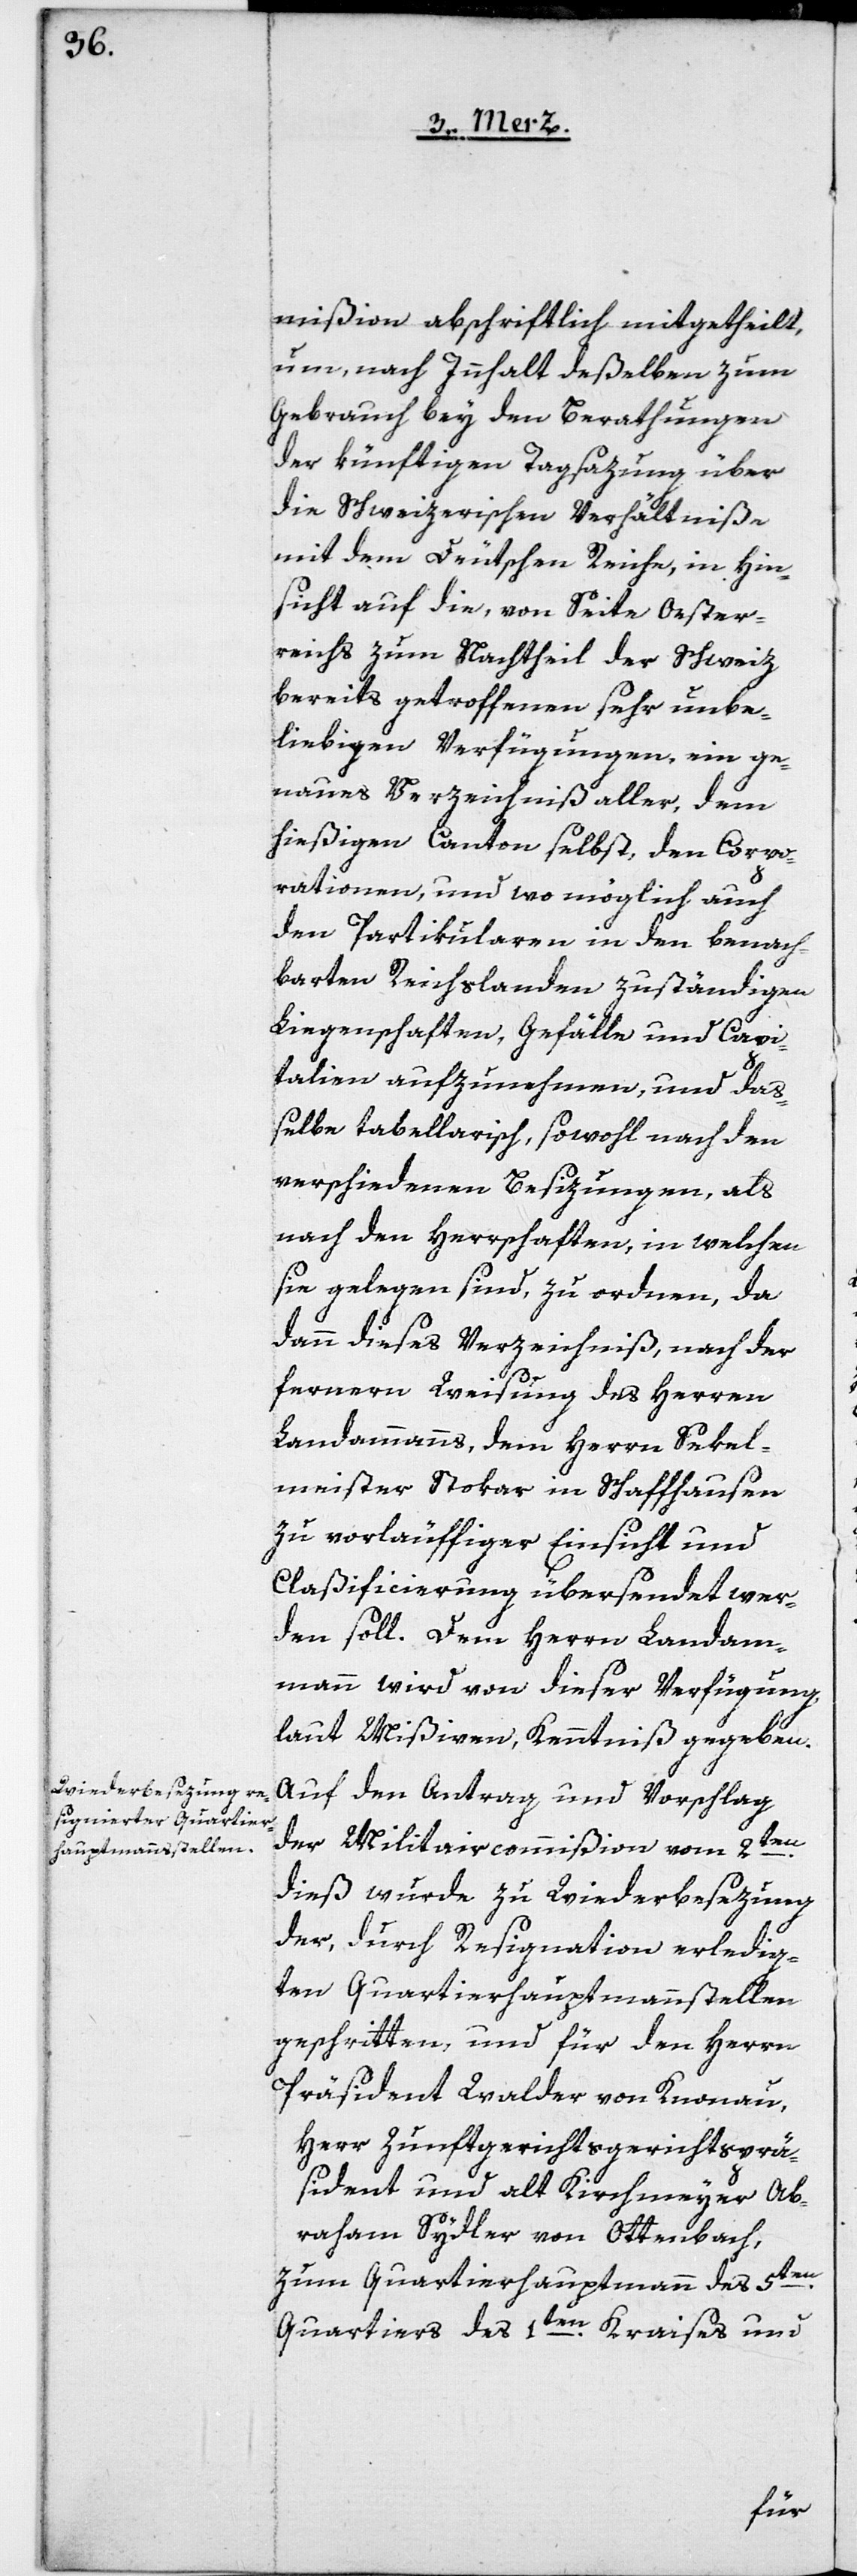
mißion abschriftlich mitgetheilt,
um, nach Innhalt deßelben zum
Gebrauch bey den Berathungen
der künftigen Tagsazung über
die Schweizerischen Verhältniße
mit dem Deutschen Reiche, in Hin¬
sicht auf die, von Seite Oester¬
reichs zum Nachtheil der Schweiz
bereits getroffenen sehr unbe¬
liebigen Verfügungen, ein ge¬
naues Verzeichniß aller, dem
hießigen Canton selbst, den Corpo¬
rationen, und wo möglich auch
den Partikularen in den benach¬
barten Reichslanden zuständigen
Liegenschaften, Gefälle und Capi¬
talien aufzunehmen, und daß¬
elbe tabellarisch, sowohl nach den
verschiedenen Besizungen, als
nach den Herrschaften, in welchen
sie gelegen sind, zu ordnen, da
dann dieses Verzeichniß nach der
fernern Weisung des Herren
Landammanns, dem Herrn Sekel¬
meister Stokar in Schaffhausen
zu vorläuffiger Einsicht und
Claßificierung übersendet wer¬
den soll. Dem Herrn Landam¬
mann wird von dieser Verfügung,
laut Mißiven, Kenntniß gegeben.
Auf den Antrag und Vorschlag
der Militaircommißion vom 2ten
dieß wurde zu Wiederbesezung
der, durch Resignation erledig¬
ten Quartierhauptmannstellen
geschritten, und für den Herrn
Präsident Walder von Knonau,
Herr Zunftgerichtsgerichtspräsi¬
[sic!] und alt Kirchenmeyer Ab¬
raham Sydler von Ottenbach
zum Quartierhauptmann des 5ten
Quartiers des 1ten Kraises und
dent